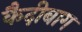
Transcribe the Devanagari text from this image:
कैदीबाग